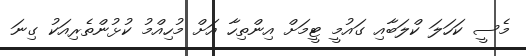
މެސީ ކަހަލަ ކްލަބާއި ގައުމީ ޓީމަށް އިންތިހާ އަށް މުހިއްމު ކުޅުންތެރިއަކު ގިނަ